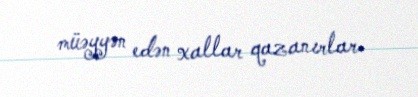
müəyyən edən xallar qazanırlar.